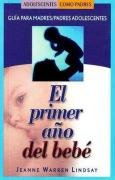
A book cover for El primer aÃ±o del bebÃ©: GuÃ­a para padres adolescentes (Teen Pregnancy and Parenting series) (Spanish Edition); Jeanne Warren Lindsay; Teen & Young Adult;